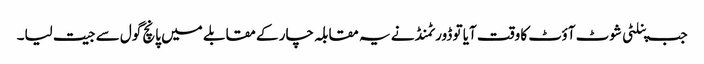
جب پنلٹی شوٹ آؤٹ کا وقت آیا تو ڈورٹمنڈ نے یہ مقابلہ چار کے مقابلے میں پانچ گول سے جیت لیا۔